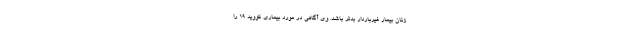
زنان بیمار غیرباردار بدتر باشد. وی آگاهی در مورد بیماری کووید ۱۹ را